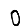
Digit: 0